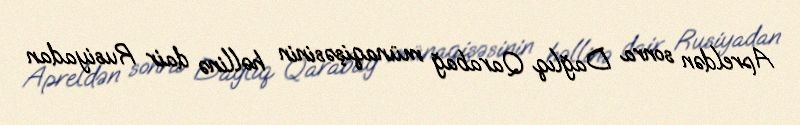
Apreldən sonra Dağlıq Qarabağ münaqişəsinin həllinə dair Rusiyadan